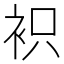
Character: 𧙋